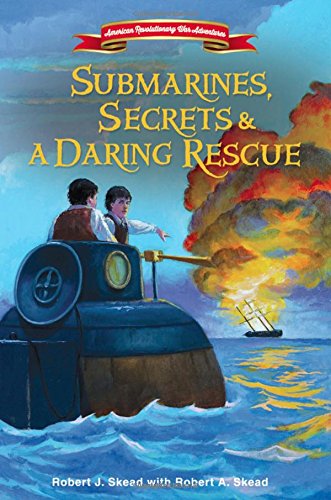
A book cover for Submarines, Secrets and a Daring Rescue (American Revolutionary War Adventures); Robert J. Skead; Christian Books & Bibles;